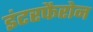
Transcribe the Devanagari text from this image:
इंटरफैरोन